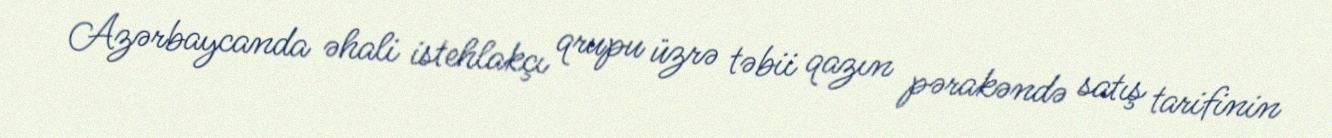
Azərbaycanda əhali istehlakçı qrupu üzrə təbii qazın pərakəndə satış tarifinin